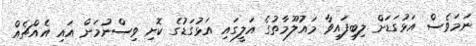
ނަމަވެސް އަޅުގަޑަށް ލިބިފައިވާ މައުލޫމާތުގެ އަލީގައި އަޅުގަޑުގެ ކޮށި ވިސްނުމަށް އައި އެއްޗެއް